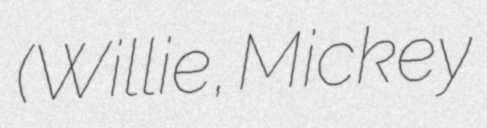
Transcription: (Willie, Mickey